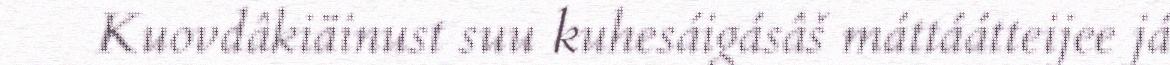
Kuovdâkiäinust suu kuhesáigásâš máttáátteijee já